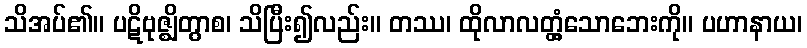
သိအပ်၏။ ပဋိဗုဇ္ဈိတွာစ၊ သိပြီး၍လည်း။ တဿ၊ ထိုလာလတ္တံ့သောဘေးကို။ ပဟာနာယ၊